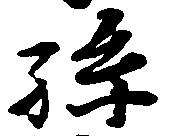
孫